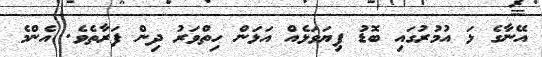
އޭނާގެ ޅަ އުމުރުގައި ބޮޑު ފިޔަވަޅެއް އަޅަން ހިތްވަރު ދިން ފަރާތެވެ. އެންމެ